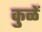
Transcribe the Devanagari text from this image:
कुळें